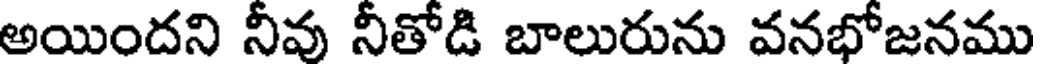
అయిందని నీవు నీతోడి బాలురును వనభోజనము